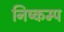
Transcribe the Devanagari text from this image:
निष्कम्प